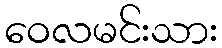
ဝေလမင်းသား